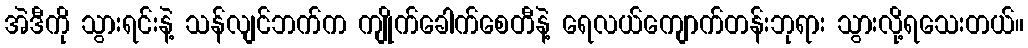
အဲဒီကို သွားရင်းနဲ့ သန်လျင်ဘက်က ကျိုက်ခေါက်စေတီနဲ့ ရေလယ်ကျောက်တန်းဘုရား သွားလို့ရသေးတယ်။